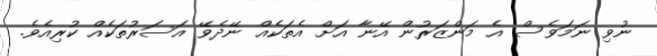
ނުވި ނަމަވެސް އެ މަންޒަރުން އޭނާ އަށް އެތަކެއް ނޭދެވޭ އަސަރުތަކެއް ކުރިއެވެ.